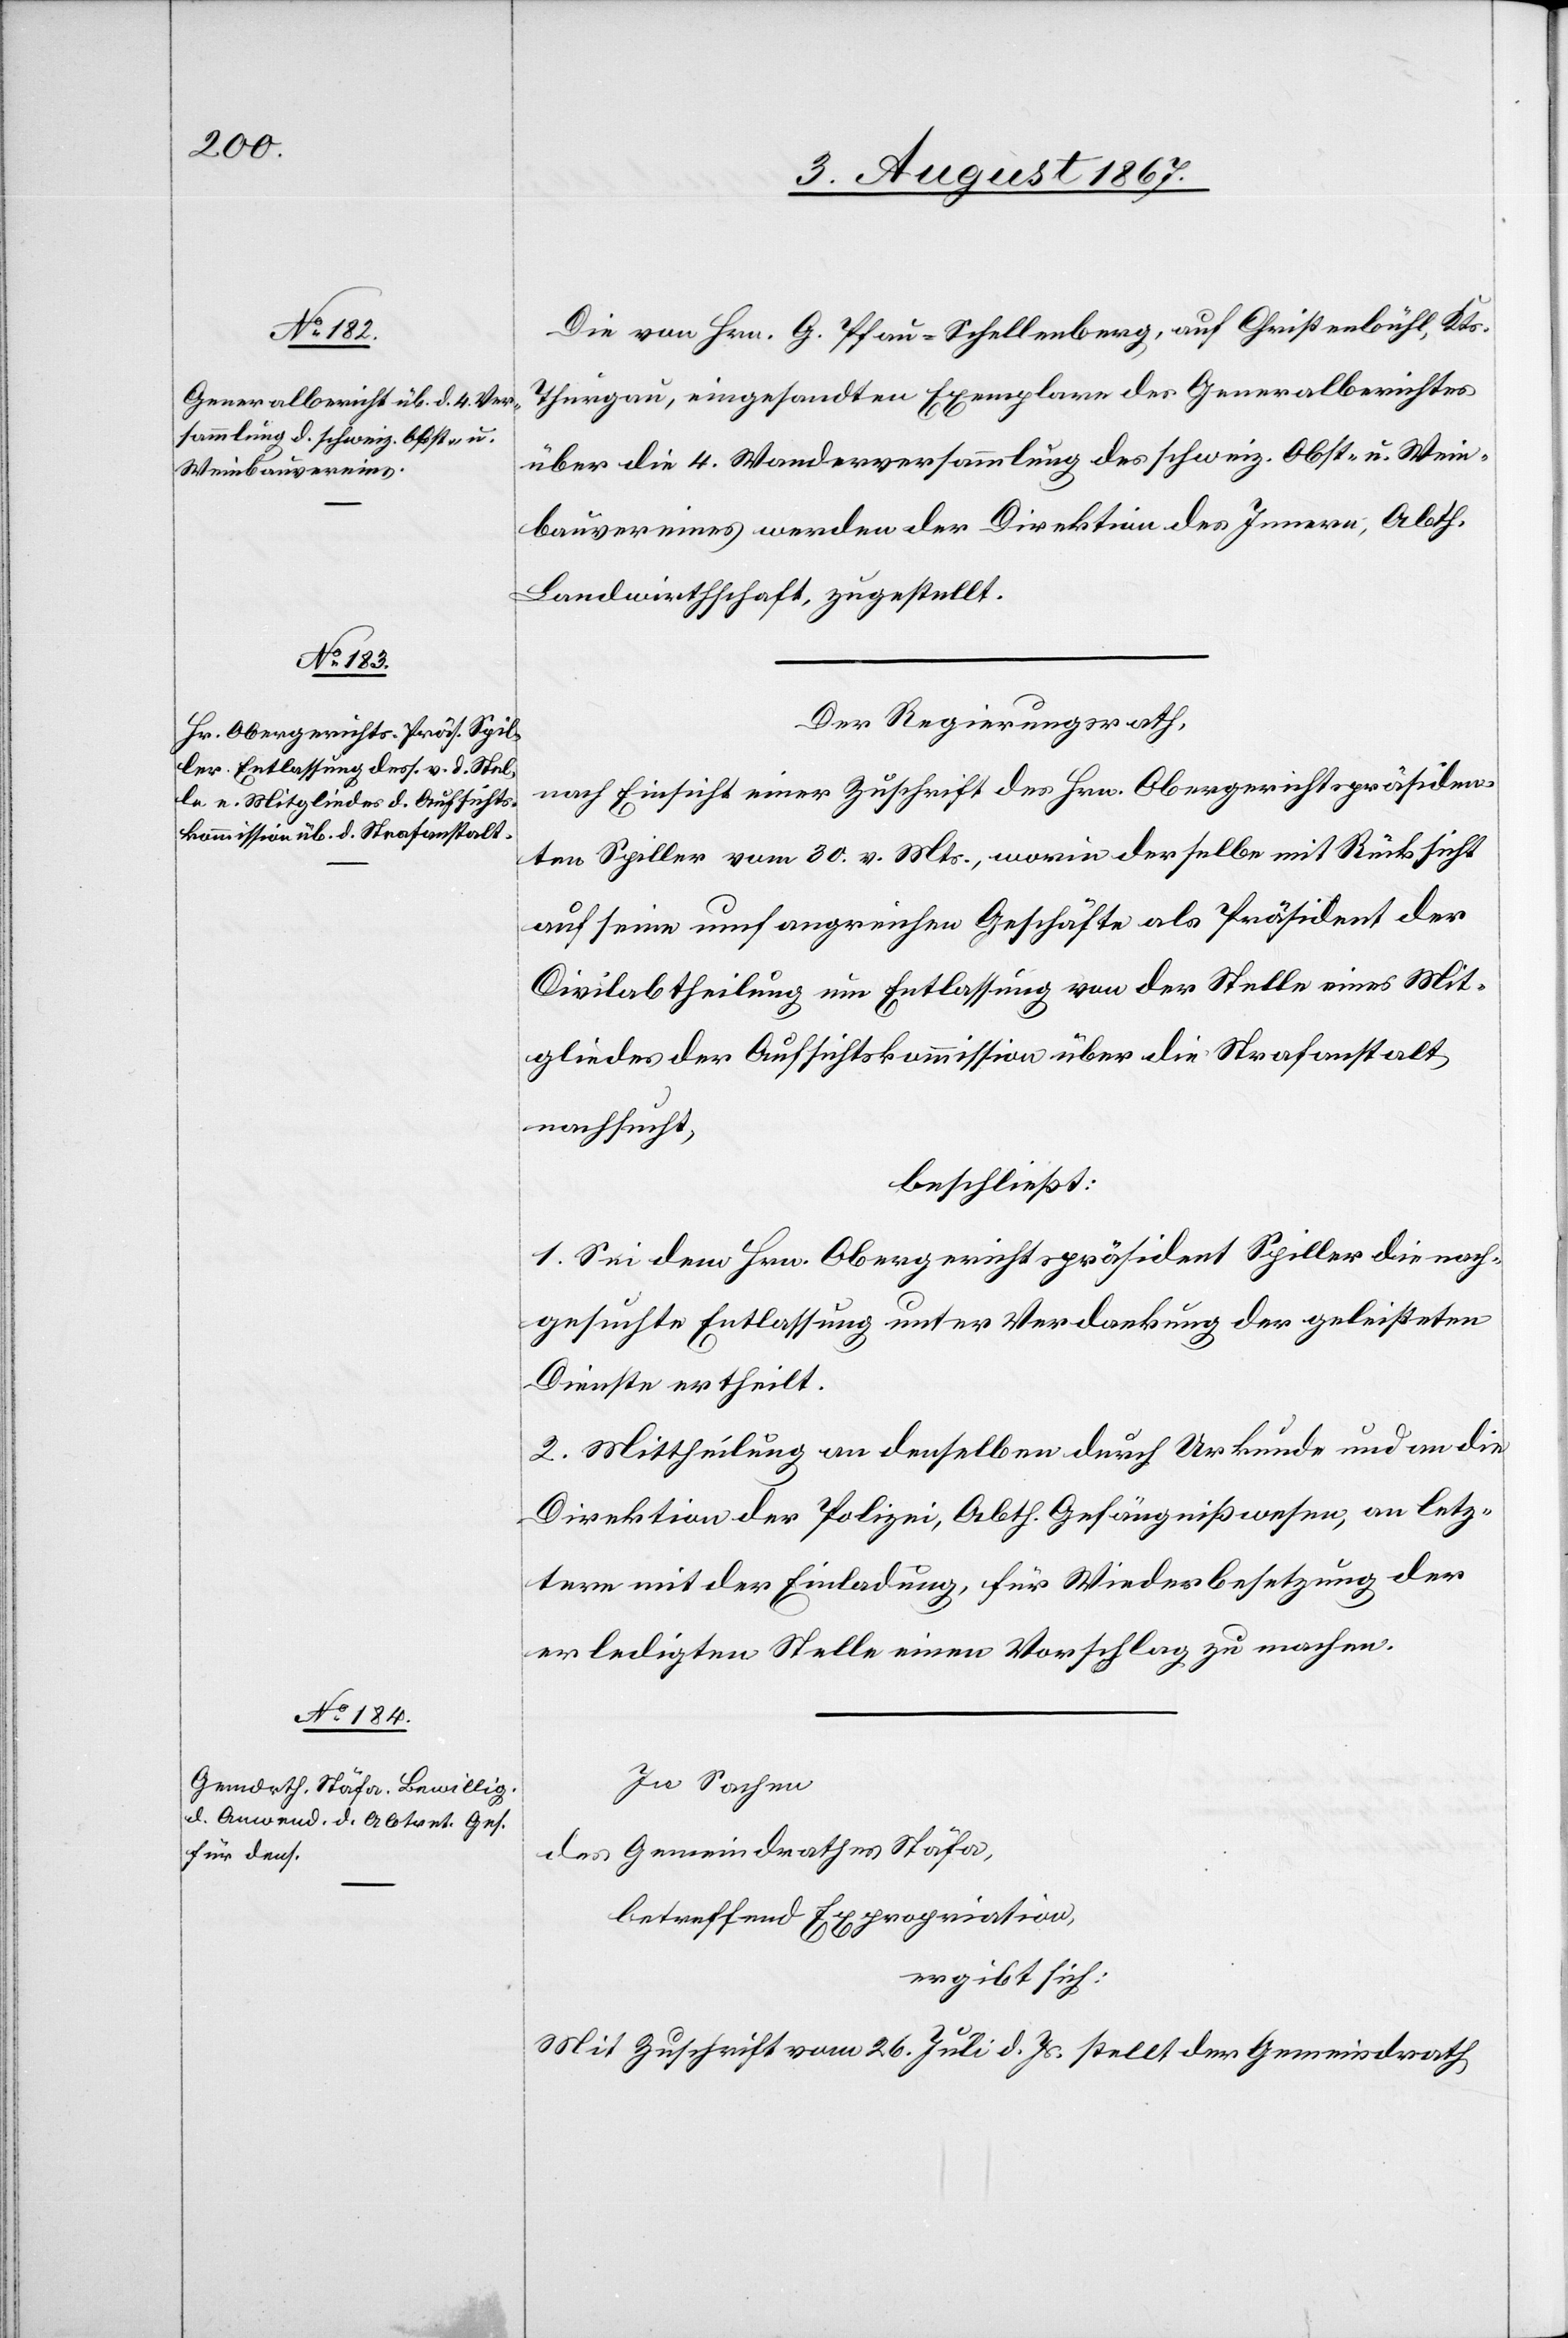
Die von Hrn. G. Plau-Schellenberg, auf Christenbühl, Kts.
Thurgau, eingesandten Exemplare des Generalberichtes
über die 4. Wanderversammlung des schweiz. Obst- u. Wein¬
bauvereines werden der Direktion des Innern, Abth.
Landwirthschaft, zugestellt.
Der Regierungsrath,
nach Einsicht einer Zuschrift des Hrn. Obergerichtspräsiden¬
ten Spiller vom 30. v. Mts., worin derselbe mit Rücksicht
auf seine umfangreichen Geschäfte als Präsident der
Civilabtheilung um Entlassung von der Stelle eines Mit¬
gliedes der Aufsichtskommission über die Strafanstalt
nachsucht,
beschließt:
1. Sei dem Hrn. Obergerichtspräsident Spiller die nach¬
gesuchte Entlassung unter Verdankung der geleisteten
Dienste ertheilt.
2. Mittheilung an denselben durch Urkunde und an die
Direktion der Polizei, Abth. Gefängnißwesen, an letz¬
tere mit der Einladung, für Wiederbesetzung der
erledigten Stelle einen Vorschlag zu machen.
In Sachen
des Gemeindrathes Stäfa,
betreffend Expropriation,
ergibt sich:
Mit Zuschrift vom 26. Juli d. Js. stellt der Gemeindrath